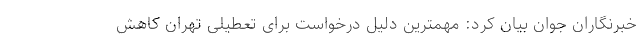
خبرنگاران جوان بیان کرد: مهمترین دلیل درخواست برای تعطیلی تهران کاهش